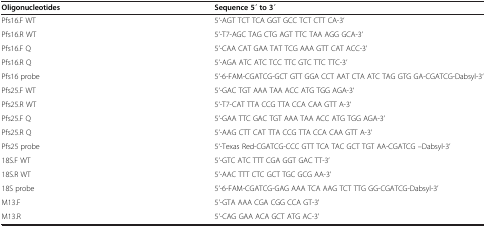
<table><thead><tr><td><b>Oligonucleotides</b></td><td><b>Sequence 5 ́ to 3 ́</b></td></tr></thead><tbody><tr><td>Pfs16.F WT</td><td>5‘-AGT TCT TCA GGT GCC TCT CTT CA-3‘</td></tr><tr><td>Pfs16.R WT</td><td>5’-T7-AGC TAG CTG AGT TTC TAA AGG GCA-3’</td></tr><tr><td>Pfs16.F Q</td><td>5’-CAA CAT GAA TAT TCG AAA GTT CAT ACC-3’</td></tr><tr><td>Pfs16.R Q</td><td>5’-AGA ATC ATC TCC TTC GTC TTC TTC-3’</td></tr><tr><td>Pfs16 probe</td><td>5’-6-FAM-CGATCG-GCT GTT GGA CCT AAT CTA ATC TAG GTG GA-CGATCG-Dabsyl-3‘</td></tr><tr><td>Pfs25.F WT</td><td>5‘-GAC TGT AAA TAA ACC ATG TGG AGA-3‘</td></tr><tr><td>Pfs25.R WT</td><td>5‘-T7-CAT TTA CCG TTA CCA CAA GTT A-3‘</td></tr><tr><td>Pfs25.F Q</td><td>5’-GAA TTC GAC TGT AAA TAA ACC ATG TGG AGA-3’</td></tr><tr><td>Pfs25.R Q</td><td>5’-AAG CTT CAT TTA CCG TTA CCA CAA GTT A-3’</td></tr><tr><td>Pfs25 probe</td><td>5‘-Texas Red-CGATCG-CCC GTT TCA TAC GCT TGT AA-CGATCG –Dabsyl-3’</td></tr><tr><td>18S.F WT</td><td>5’-GTC ATC TTT CGA GGT GAC TT-3’</td></tr><tr><td>18S.R WT</td><td>5’-AAC TTT CTC GCT TGC GCG AA-3’</td></tr><tr><td>18S probe</td><td>5’-6-FAM-CGATCG-GAG AAA TCA AAG TCT TTG GG-CGATCG-Dabsyl-3’</td></tr><tr><td>M13.F</td><td>5&#x27;-GTA AAA CGA CGG CCA GT-3&#x27;</td></tr><tr><td>M13.R</td><td>5&#x27;-CAG GAA ACA GCT ATG AC-3&#x27;</td></tr></tbody></table>